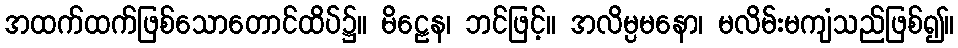
အထက်ထက်ဖြစ်သောတောင်ထိပ်၌။ မိဠေန၊ ဘင်ဖြင့်။ အလိမ္ပမနော၊ မလိမ်းမကျံသည်ဖြစ်၍။